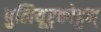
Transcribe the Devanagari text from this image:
पुलियूर्‌कोट्टम्